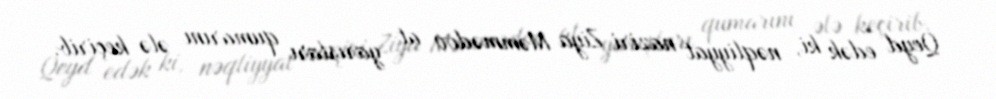
Qeyd edək ki, nəqliyyat naziri Ziya Məmmədov at yarışları qumarını ələ keçirib.